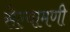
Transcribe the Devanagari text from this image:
सेल्वामणी